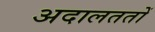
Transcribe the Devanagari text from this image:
अदालततों